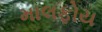
માલફોય